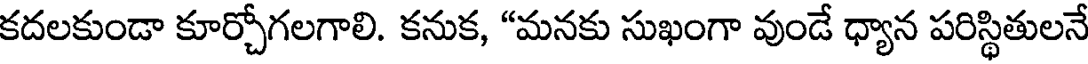
కదలకుండా కూర్చోగలగాలి. కనుక, "మనకు సుఖంగా వుండే ధ్యాన పరిస్థితులనే